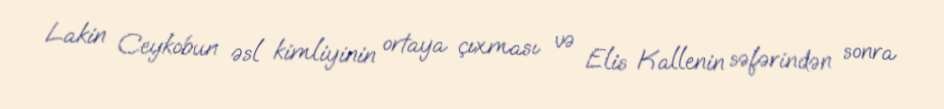
Lakin Ceykobun əsl kimliyinin ortaya çıxması və Elis Kallenin səfərindən sonra